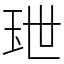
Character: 𤤙